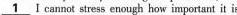
\underline{1}I cannot stress enough how important it is